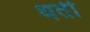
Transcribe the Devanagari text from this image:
थती